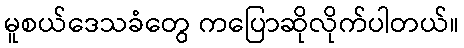
မူစယ်ဒေသခံတွေ ကပြောဆိုလိုက်ပါတယ်။